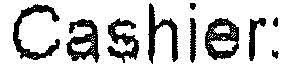
CASHIER: